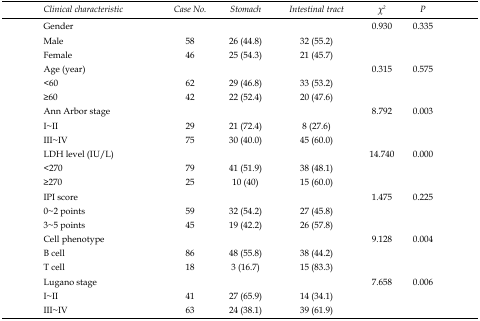
<table><thead><tr><td><b><i>Clinical characteristic</i></b></td><td><b><i>Case No.</i></b></td><td><b><i>Stomach</i></b></td><td><b><i>Intestinal tract</i></b></td><td><b><i>χ<sup>2</sup></i></b></td><td><b><i>P</i></b></td></tr></thead><tbody><tr><td>Gender</td><td></td><td></td><td></td><td>0.930</td><td>0.335</td></tr><tr><td>Male</td><td>58</td><td>26 (44.8)</td><td>32 (55.2)</td><td></td><td></td></tr><tr><td>Female</td><td>46</td><td>25 (54.3)</td><td>21 (45.7)</td><td></td><td></td></tr><tr><td>Age (year)</td><td></td><td></td><td></td><td>0.315</td><td>0.575</td></tr><tr><td>&lt;60</td><td>62</td><td>29 (46.8)</td><td>33 (53.2)</td><td></td><td></td></tr><tr><td>≥60</td><td>42</td><td>22 (52.4)</td><td>20 (47.6)</td><td></td><td></td></tr><tr><td>Ann Arbor stage</td><td></td><td></td><td></td><td>8.792</td><td>0.003</td></tr><tr><td>I~II</td><td>29</td><td>21 (72.4)</td><td>8 (27.6)</td><td></td><td></td></tr><tr><td>III~IV</td><td>75</td><td>30 (40.0)</td><td>45 (60.0)</td><td></td><td></td></tr><tr><td>LDH level (IU/L)</td><td></td><td></td><td></td><td>14.740</td><td>0.000</td></tr><tr><td>&lt;270</td><td>79</td><td>41 (51.9)</td><td>38 (48.1)</td><td></td><td></td></tr><tr><td>≥270</td><td>25</td><td>10 (40)</td><td>15 (60.0)</td><td></td><td></td></tr><tr><td>IPI score</td><td></td><td></td><td></td><td>1.475</td><td>0.225</td></tr><tr><td>0~2 points</td><td>59</td><td>32 (54.2)</td><td>27 (45.8)</td><td></td><td></td></tr><tr><td>3~5 points</td><td>45</td><td>19 (42.2)</td><td>26 (57.8)</td><td></td><td></td></tr><tr><td>Cell phenotype</td><td></td><td></td><td></td><td>9.128</td><td>0.004</td></tr><tr><td>B cell</td><td>86</td><td>48 (55.8)</td><td>38 (44.2)</td><td></td><td></td></tr><tr><td>T cell</td><td>18</td><td>3 (16.7)</td><td>15 (83.3)</td><td></td><td></td></tr><tr><td>Lugano stage</td><td></td><td></td><td></td><td>7.658</td><td>0.006</td></tr><tr><td>I~II</td><td>41</td><td>27 (65.9)</td><td>14 (34.1)</td><td></td><td></td></tr><tr><td>III~IV</td><td>63</td><td>24 (38.1)</td><td>39 (61.9)</td><td></td><td></td></tr></tbody></table>